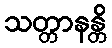
သတ္တာနန္တိ